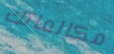
مكالماتك